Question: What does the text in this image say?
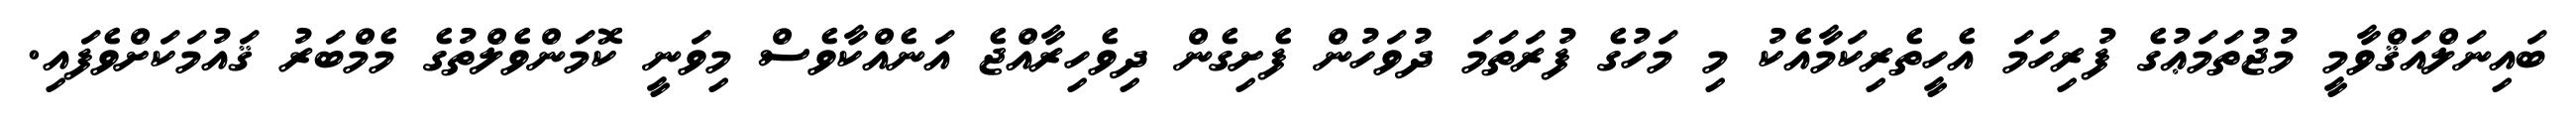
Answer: ބައިނަލްއަޤްވާމީ މުޖުތަމަޢުގެ ފުރިހަމަ އެހީތެރިކަމާއެކު މި މަހުގެ ފުރަތަމަ ދުވަހުން ފެށިގެން ދިވެހިރާއްޖެ އަނެއްކާވެސް މިވަނީ ކޮމަންވެލްތުގެ މެމްބަރު ޤައުމަކަށްވެފައި.